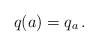
LaTeX: \begin{align*}q(a)=q_a\, .\end{align*}